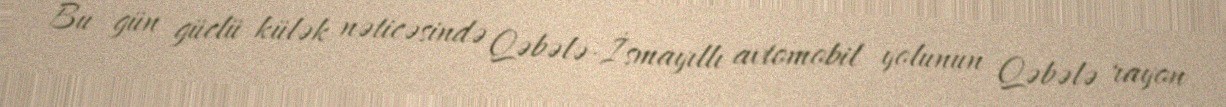
Bu gün güclü külək nəticəsində Qəbələ-İsmayıllı avtomobil yolunun Qəbələ rayon